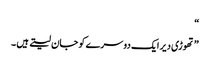
“
” تھوڑی دیر ایک دوسرے کو جان لیتے ہیں ۔